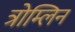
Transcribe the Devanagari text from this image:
त्रोम्लिन